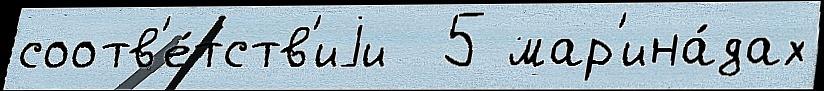
соотв'е́тств'иjи  5 мар'ина́дах